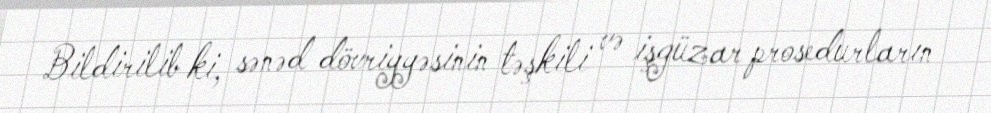
Bildirilib ki, sənəd dövriyyəsinin təşkili və işgüzar prosedurların